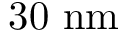
3 0 ~ \mathrm { { n m } }